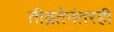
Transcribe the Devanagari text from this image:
तीव्रतेनंतरही